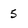
Character: 5